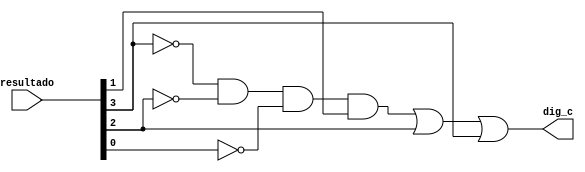
module c(resultado, dig_c);
	input [3:0] resultado;
	output dig_c;
	
	wire aux1, aux2, aux3, aux4;
	
	not not0(aux1, resultado[3]);
	not not1(aux2, resultado[2]);
	not not2(aux3, resultado[0]);
	and and0(aux4, aux1, aux2, aux3, resultado[1]);
	or or0(dig_c, aux4, resultado[2], resultado[3]);
endmodule